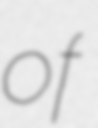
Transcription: of